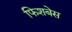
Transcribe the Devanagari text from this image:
फिशबेस